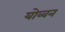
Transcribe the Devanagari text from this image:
योव्वन